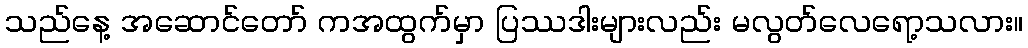
သည်နေ့ အဆောင်တော် ကအထွက်မှာ ပြဿဒါးများလည်း မလွတ်လေရော့သလား။